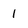
Character: 1